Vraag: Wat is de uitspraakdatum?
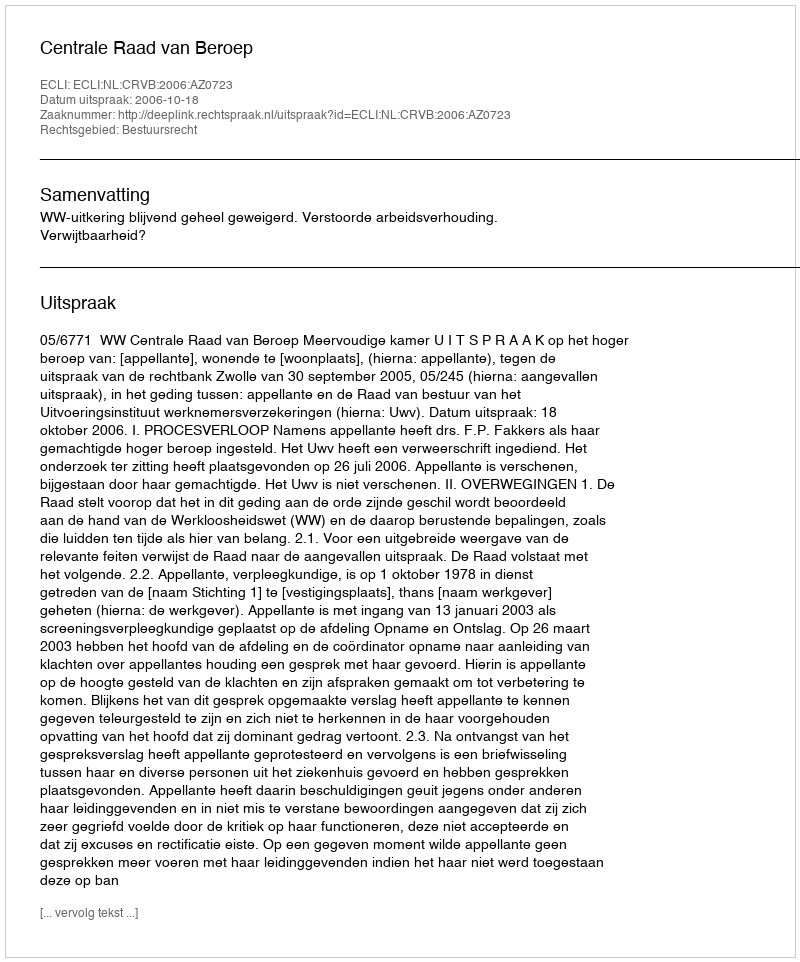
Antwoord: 2006-10-18